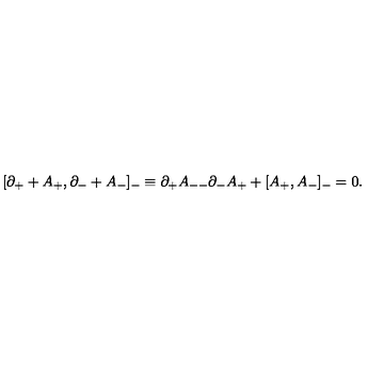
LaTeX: [ \partial _ { + } + A _ { + } , \partial _ { - } + A _ { - } ] _ { - } \equiv \partial _ { + } A _ { -- } \partial _ { - } A _ { + } + [ A _ { + } , A _ { - } ] _ { - } = 0 .